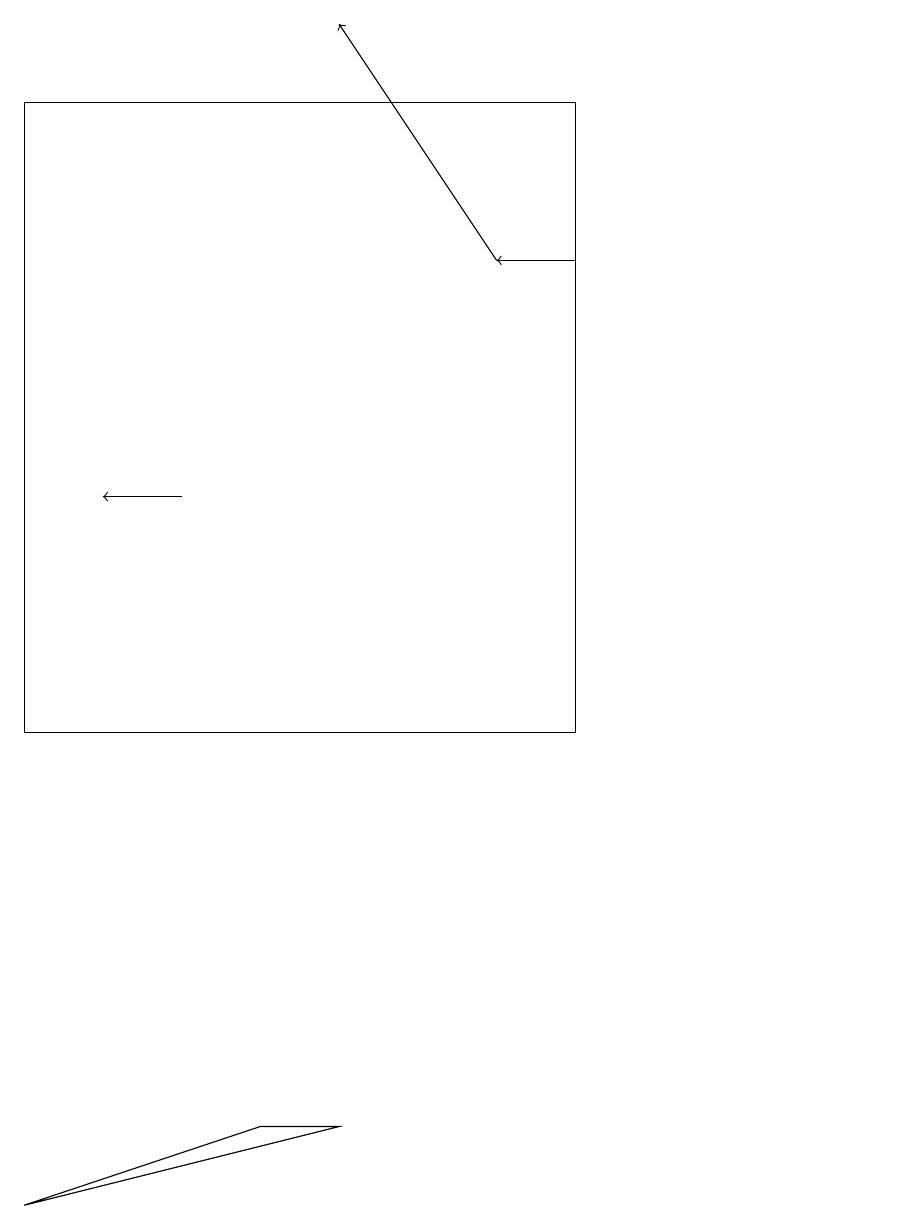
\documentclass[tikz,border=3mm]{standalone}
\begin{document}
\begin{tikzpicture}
\draw[->] (2,13) -- (1,13);
\draw (11,12) circle (0);
\draw (0,18) rectangle (7,10);
\draw[->] (7,16) -- (6,16);
\draw (0,4) -- (3,5) -- (4,5) -- cycle;
\draw[->] (6,16) -- (4,19);
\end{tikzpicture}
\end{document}